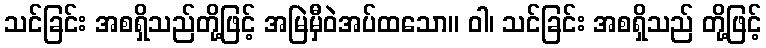
သင်ခြင်း အစရှိသည်တို့ဖြင့် အမြဲမှီဝဲအပ်ထသော။ ဝါ၊ သင်ခြင်း အစရှိသည် တို့ဖြင့်